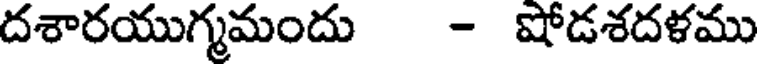
దశారయుగ్మమందు - షోడశదళము